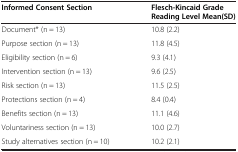
| Informed Consent Section | Flesch-Kincaid Grade Reading Level Mean(SD) |
 | --- | --- |
 | Document* (n = 13) | 10.8 (2.2) |
 | Purpose section (n = 13) | 11.8 (4.5) |
 | Eligibility section (n = 6) | 9.3 (4.1) |
 | Intervention section (n = 13) | 9.6 (2.5) |
 | Risk section (n = 13) | 11.5 (2.5) |
 | Protections section (n = 4) | 8.4 (0.4) |
 | Benefits section (n = 13) | 11.1 (4.6) |
 | Voluntariness section (n = 13) | 10.0 (2.7) |
 | Study alternatives section (n = 10) | 10.2 (2.1) |